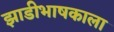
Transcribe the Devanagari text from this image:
झाडीभाषकाला